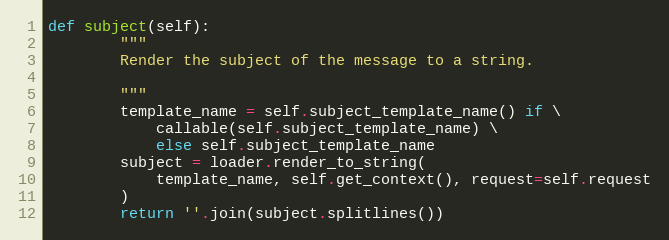
Language: Python
def subject(self):
        """
        Render the subject of the message to a string.

        """
        template_name = self.subject_template_name() if \
            callable(self.subject_template_name) \
            else self.subject_template_name
        subject = loader.render_to_string(
            template_name, self.get_context(), request=self.request
        )
        return ''.join(subject.splitlines())